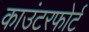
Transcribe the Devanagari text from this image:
काउंटरफोर्ट